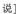
说]